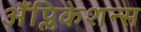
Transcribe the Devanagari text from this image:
अँप्लिकेशन्स